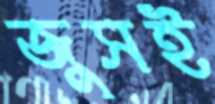
জুসই